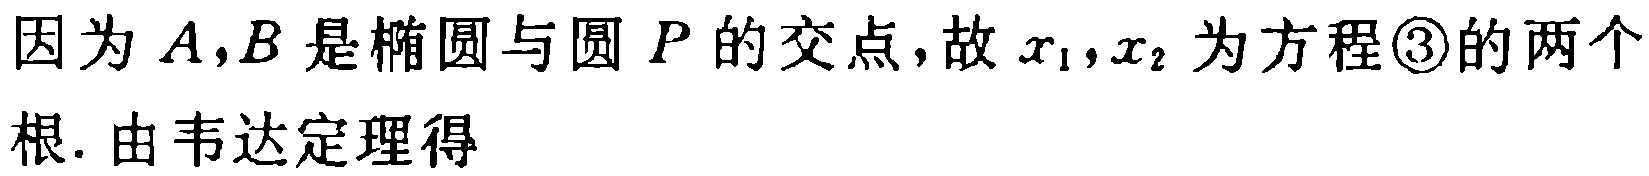
因为 \(A,B\) 是椭圆与圆 \(P\) 的交点，故 \(x_{1},x_{2}\) 为方程\textcircled{3}的两个根. 由韦达定理得